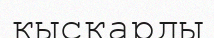
кыскарды